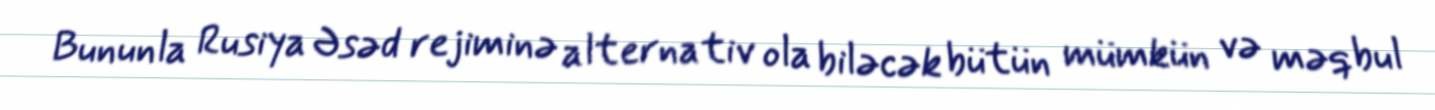
Bununla Rusiya Əsəd rejiminə alternativ ola biləcək bütün mümkün və məqbul